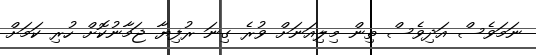
ނަމަވެސް އަދިވެސް ތިން މިލިއަނަށް ވުރެ ގިނަ ރުފިޔާ ޖަމާނުކޮށް ހުރި ކަމަށް